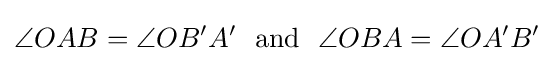
\angle OAB=\angle OB'A'\ {\text{ and }}\ \angle OBA=\angle OA'B'